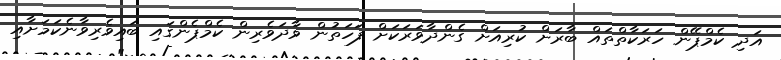
އަދި ކެމްޕޭން ހަރަކާތްތައް ބާރަށް ކުރިއަށް ގެންދާވަރަކަށް ފަހަތުން ވާދަވެރިން ކެމްޕެންގައި ބައިވެރިވާނެކަމަށާއި